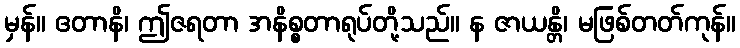
မှန်။ ဧတာနိ၊ ဤဇရတာ အနိစ္စတာရုပ်တို့သည်။ န ဇာယန္တိ၊ မဖြစ်တတ်ကုန်။